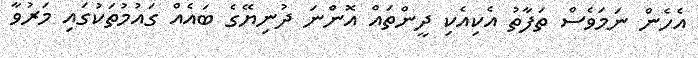
އެހެން ނަމަވެސް ތަފާތު އެކިއެކި ދީންތައް އޮންނަ ދުނިޔޭގެ ބައެއް ގައުމުތަކުގައި މަރުވާ